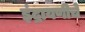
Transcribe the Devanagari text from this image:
इंद्रायणीचे